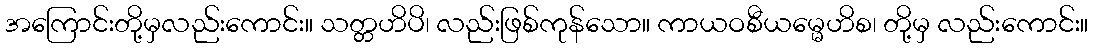
အကြောင်းတို့မှလည်းကောင်း။ သတ္တဟိပိ၊ လည်းဖြစ်ကုန်သော။ ကာယဝစီယမ္မေဟိစ၊ တို့မှ လည်းကောင်း။